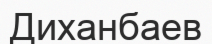
Диханбаев